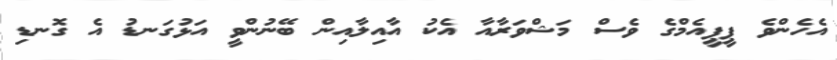
އެހެންވެ ޕީޕީއެމްގެ ވެސް މަޝްވަރާއާ އެކު އާއިލާއިން ބޭނުންވީ އަޅުގަނޑު އެ ގޮނޑި